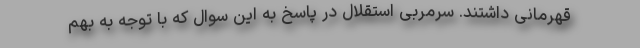
قهرمانی داشتند. سرمربی استقلال در پاسخ به این سوال که با توجه به بهم